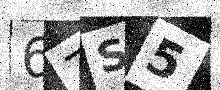
Text: 67S5